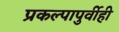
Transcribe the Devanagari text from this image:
प्रकल्पापुर्वीही